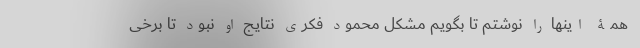
همۀ اینها را نوشتم تا بگویم مشکل محمود فکری نتایج او نبود تا برخی